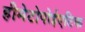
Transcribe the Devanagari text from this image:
हीमेटोपोईएटिक